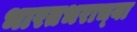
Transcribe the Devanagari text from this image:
भारतभराच्‍या